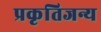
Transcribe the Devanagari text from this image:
प्रकृतिजन्य